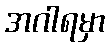
အဂါရမှာ